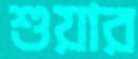
শুয়ার